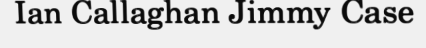
Ian Callaghan Jimmy Case